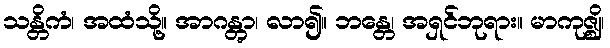
သန္တိကံ၊ အထံသို့။ အာဂန္တွာ၊ လာ၍။ ဘန္တေ၊ အရှင်ဘုရား။ မာကုဇ္ဈိ၊